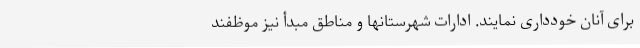
برای آنان خودداری نمایند. ادارات شهرستانها و مناطق مبدأ نیز موظفند